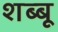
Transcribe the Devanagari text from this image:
शब्बू